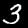
Digit: 3